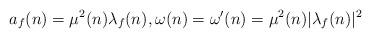
LaTeX: \begin{align*}a_f(n)=\mu^2(n)\lambda_f(n),\omega(n)=\omega'(n)=\mu^2(n)|\lambda_f(n)|^2\end{align*}